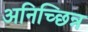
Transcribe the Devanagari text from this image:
अनिच्छिन्न